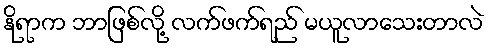
နိုရာက ဘာဖြစ်လို့ လက်ဖက်ရည် မယူလာသေးတာလဲ